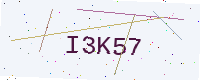
Text: I3K57